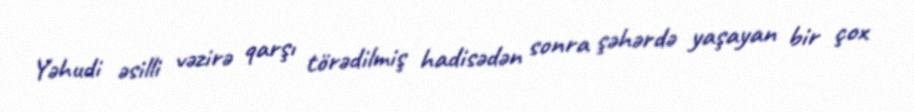
Yəhudi əsilli vəzirə qarşı törədilmiş hadisədən sonra şəhərdə yaşayan bir çox